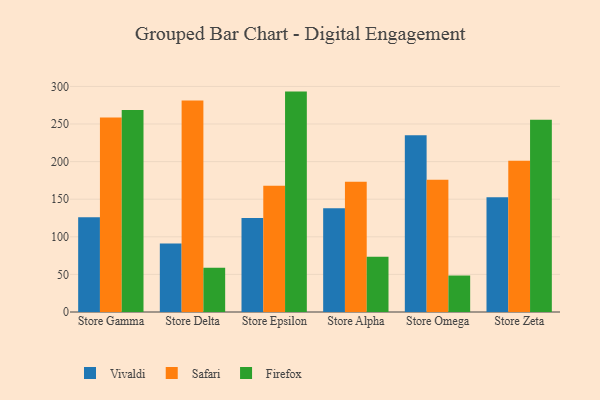
{"axis": {"x": "Store", "y": "Demand Index"}, "legend": ["Firefox", "Safari", "Vivaldi"], "data": [{"x": "Store Gamma", "y": 126.1, "type": "Vivaldi"}, {"x": "Store Gamma", "y": 258.7, "type": "Safari"}, {"x": "Store Gamma", "y": 268.7, "type": "Firefox"}, {"x": "Store Delta", "y": 91.1, "type": "Vivaldi"}, {"x": "Store Delta", "y": 281.1, "type": "Safari"}, {"x": "Store Delta", "y": 58.9, "type": "Firefox"}, {"x": "Store Epsilon", "y": 125.0, "type": "Vivaldi"}, {"x": "Store Epsilon", "y": 167.8, "type": "Safari"}, {"x": "Store Epsilon", "y": 293.1, "type": "Firefox"}, {"x": "Store Alpha", "y": 138.1, "type": "Vivaldi"}, {"x": "Store Alpha", "y": 173.1, "type": "Safari"}, {"x": "Store Alpha", "y": 73.4, "type": "Firefox"}, {"x": "Store Omega", "y": 234.9, "type": "Vivaldi"}, {"x": "Store Omega", "y": 176.0, "type": "Safari"}, {"x": "Store Omega", "y": 48.5, "type": "Firefox"}, {"x": "Store Zeta", "y": 152.5, "type": "Vivaldi"}, {"x": "Store Zeta", "y": 201.2, "type": "Safari"}, {"x": "Store Zeta", "y": 255.7, "type": "Firefox"}]}